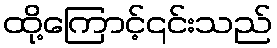
ထို့ကြောင့်၎င်းသည်